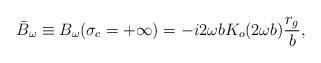
LaTeX: \begin{align*}\bar{B}_\omega\equiv B_{\omega}(\sigma_c=+\infty)=-i2\omega b K_o(2\omega b)\frac{r_g}{b},\end{align*}